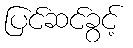
ပြင်ဆင်ခွင့်